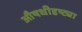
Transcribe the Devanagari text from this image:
औषधीदृष्ट्या